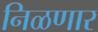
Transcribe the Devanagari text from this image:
निळणार